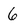
Character: 6